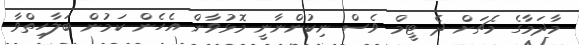
މާދަމާގެ މެޗަށް ދެ ޓީމް ވެސް ނިކުންނާނީ މޮޅުވާން އެހެން ކަމުން ބަލާހިތްވާ